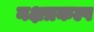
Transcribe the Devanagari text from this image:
नक्षत्रकल्प